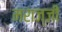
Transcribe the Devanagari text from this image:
मराज्जी